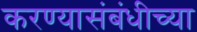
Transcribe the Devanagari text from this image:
करण्यासंबंधीच्या